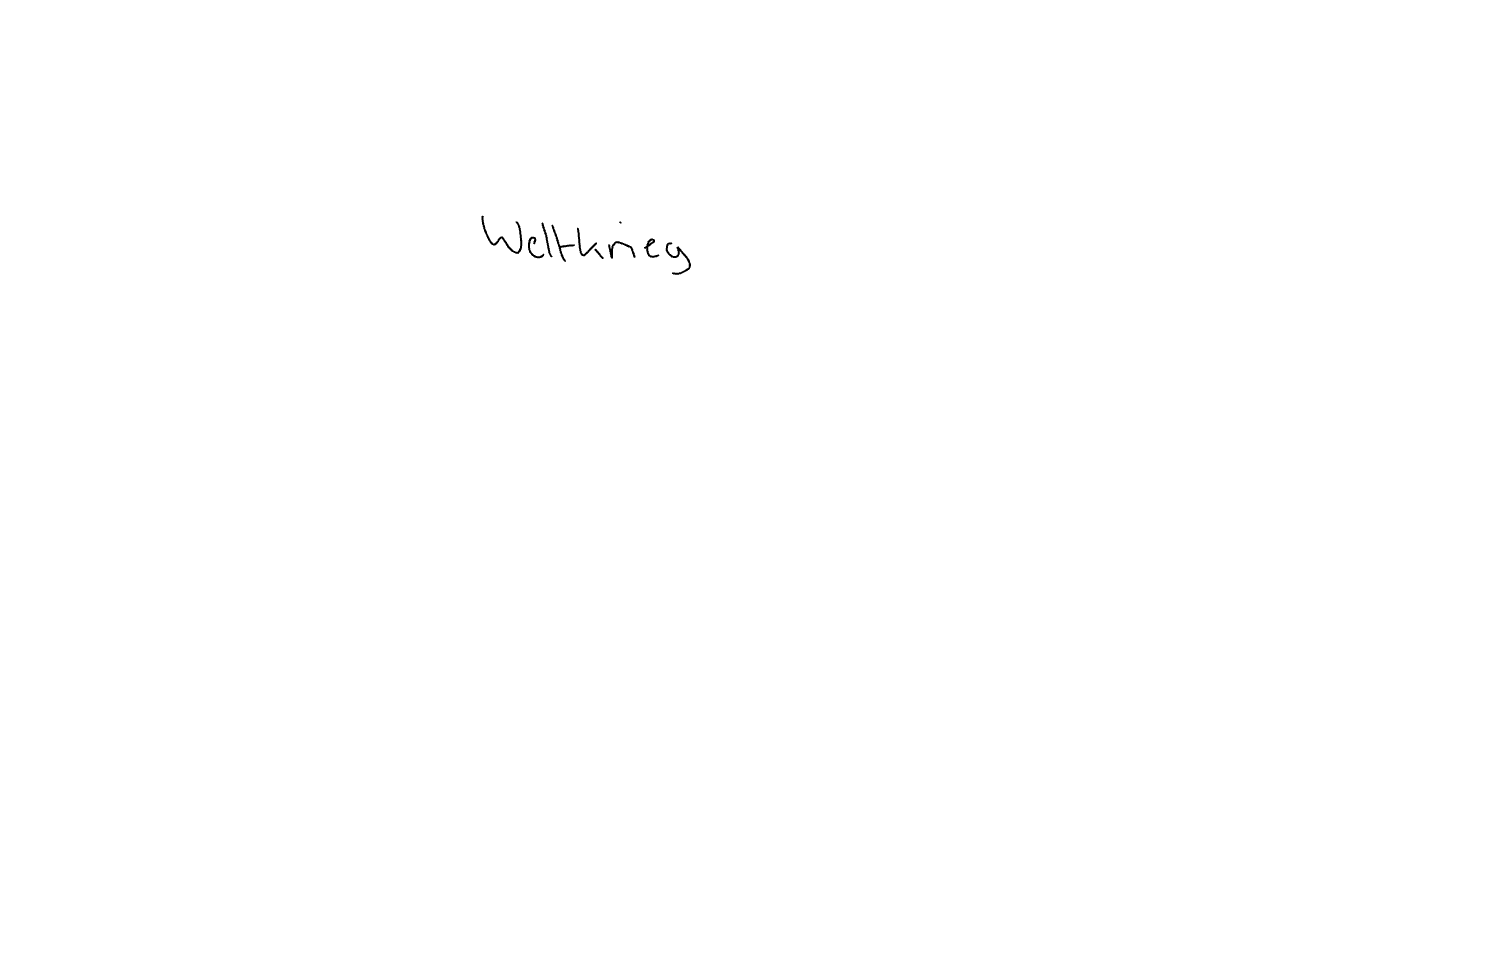
Text: Weltkrieg